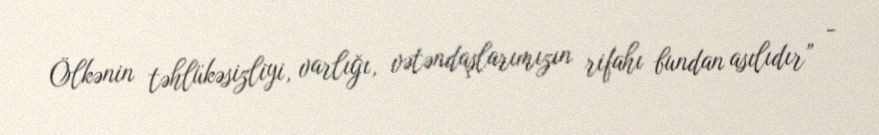
Ölkənin təhlükəsizliyi, varlığı, vətəndaşlarımızın rifahı bundan asılıdır” -